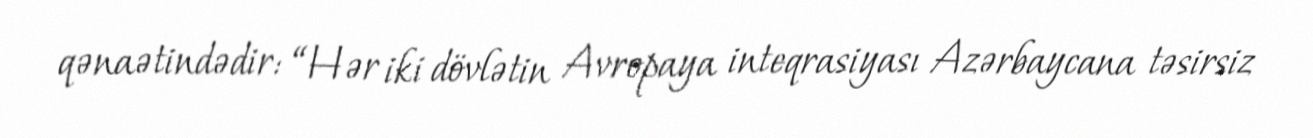
qənaətindədir: “Hər iki dövlətin Avropaya inteqrasiyası Azərbaycana təsirsiz